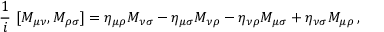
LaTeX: ~ { \frac { 1 } { i } } ~ [ M _ { \mu \nu } , M _ { \rho \sigma } ] = \eta _ { \mu \rho } M _ { \nu \sigma } - \eta _ { \mu \sigma } M _ { \nu \rho } - \eta _ { \nu \rho } M _ { \mu \sigma } + \eta _ { \nu \sigma } M _ { \mu \rho } \, ,